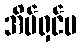
အိမ်ရှင်မ